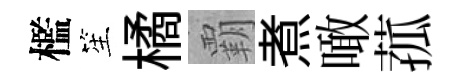
檻笙橘覇煮噉菰